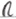
Text: R